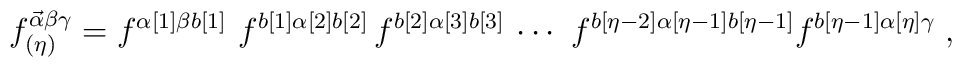
f^{\vec{\alpha}\beta\gamma}_{(\eta)}=f^{\alpha[1]\beta b[1]}\,\,f^{b[1]\alpha[2]b[2]}\,f^{b[2]\alpha[3]b[3]}\,\cdots\,\,f^{b[\eta-2]\alpha[\eta-1]b[\eta-1]}f^{b[\eta-1]\alpha[\eta]\gamma}\;,